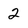
Character: 2